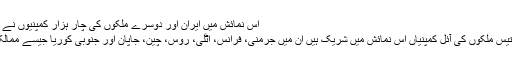
اس نمائش میں ایران اور دوسرے ملکوں کی چار ہزار کمپنیوں نے شرکت کی ہے-
دنیا کے جن سینتیس ملکوں کی آئل کمپنیاں اس نمائش میں شریک ہیں ان میں جرمنی، فرانس، اٹلی، روس، چین، جاپان اور جنوبی کوریا جیسے ممالک قابل ذکر ہیں-